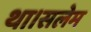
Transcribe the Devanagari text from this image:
था।सलेम